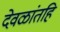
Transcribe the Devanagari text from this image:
देवळांतहि